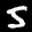
Label: 5